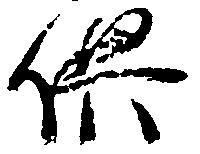
供